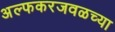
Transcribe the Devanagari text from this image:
अल्फकरजवळच्या